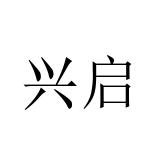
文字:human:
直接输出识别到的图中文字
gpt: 兴启